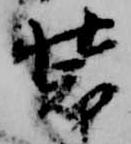
装